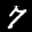
Label: 7